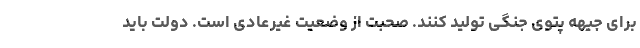
برای جیهه پتوی جنگی تولید کنند. صحبت از وضعیت غیرعادی است. دولت باید